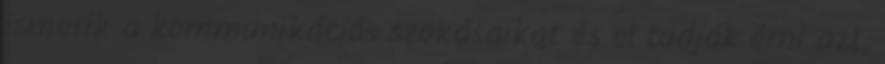
ismerik a kommunikációs szokásaikat és el tudják érni azt,